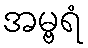
အမ္ဗရံ